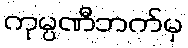
ကုမ္ပဏီဘက်မှ